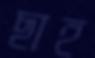
ছাহ